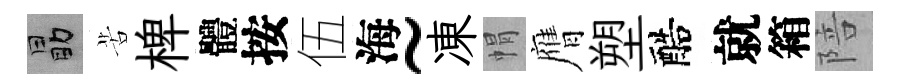
勗苦椑體按伍海~凍㡌膺塑醅就箱陪